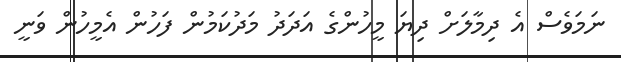
ނަމަވެސް އެ ދިމާލަށް ދިޔަ މީހުންގެ އަދަދު މަދުކަމުން ފަހުން އެމީހުން ވަނީ